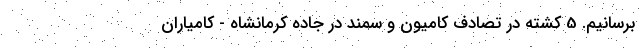
برسانیم. 5 کشته در تصادف کامیون و سمند در جاده کرمانشاه - کامیاران